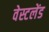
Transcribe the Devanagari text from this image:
वेस्टलेंड